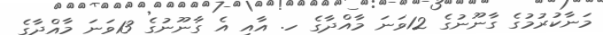
މަނާކުރުމުގެ ގާނޫނުގެ 12ވަނަ މާއްދާގެ ހ. އާއި އެ ގާނޫނުގެ 13ވަނަ މާއްދާގެ